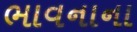
ભાવનાના